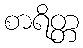
စာရိတ္တ